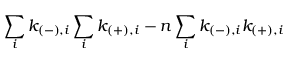
\sum _ { i } k _ { ( - ) , i } \sum _ { i } k _ { ( + ) , i } - n \sum _ { i } k _ { ( - ) , i } k _ { ( + ) , i }